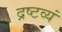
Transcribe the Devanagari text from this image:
द्रष्टव्यं